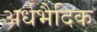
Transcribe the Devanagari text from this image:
अर्धभैदिक